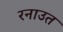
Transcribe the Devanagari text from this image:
रनाउत